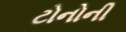
ટોનોની